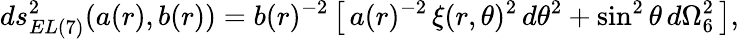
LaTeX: ds_{EL(7)}^{2}(a(r),b(r))=b(r)^{-2}\left[\, a(r)^{-2}\, \xi(r,\theta)^{2}\, d\theta^{2}+\sin^{2}\theta\, d\Omega_{6}^{2}\, \right],